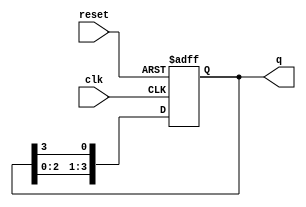
module bistable_ring_counter #(
    parameter N = 4  // Number of flip-flops
)(
    input wire clk,      // Clock input
    input wire reset,    // Asynchronous reset input
    output reg [N-1:0] q // Output of the counter
);

// Initial state
initial begin
    q = 1'b1; // Set the first flip-flop to '1'
end

// Always block for the ring counter
always @(posedge clk or posedge reset) begin
    if (reset) begin
        q <= 1'b1; // Reset to initial state
    end else begin
        // Shift the '1' to the next flip-flop
        q <= {q[N-2:0], q[N-1]}; // Shift left and wrap around
    end
end

endmodule